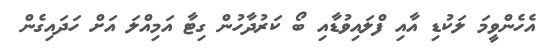
އެހެންވީމަ ލަކުޑި އާއި ފްލައިވުޑާއި ބޯ ކަރުދާހުން ގިޓާ އަމިއްލަ އަށް ހަދައިގެން